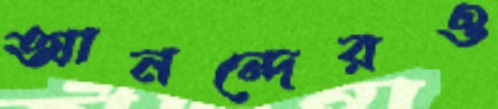
আনন্দেরও